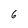
Character: 6